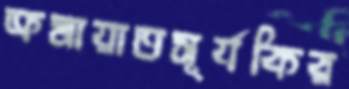
ক্রমায়াতসূর্যকির